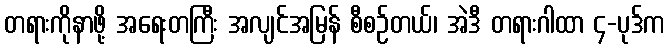
တရားကိုနာဖို့ အရေးတကြီး အလျင်အမြန် စီစဉ်တယ်၊ အဲဒီ တရားဂါထာ ၄-ပုဒ်က